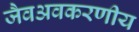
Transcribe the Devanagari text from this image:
जैवअवकरणीय